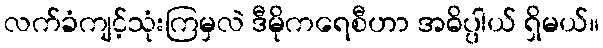
လက်ခံကျင့်သုံးကြမှလဲ ဒီမိုကရေစီဟာ အဓိပ္ပါယ် ရှိမယ်။